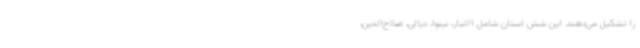
را تشکیل می‌دهند. این شش استان شامل الانبار، نینوا، دیالی، صلاح‌الدین،